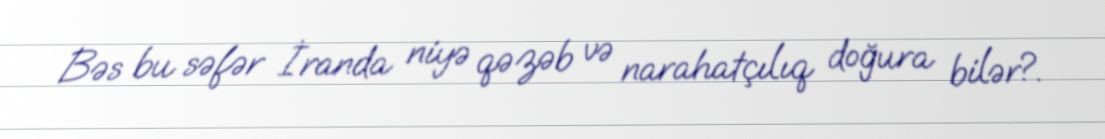
Bəs bu səfər İranda niyə qəzəb və narahatçılıq doğura bilər?.